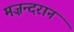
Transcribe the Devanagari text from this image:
मज़न्दरान